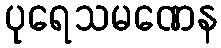
ပုရေသမဏေန